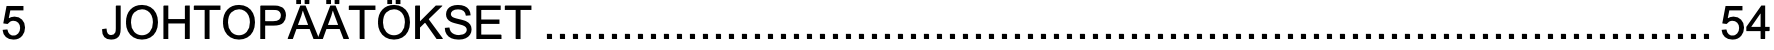
5  JOHTOPÄÄTÖKSET..........................................................................................54